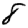
Digit: 8